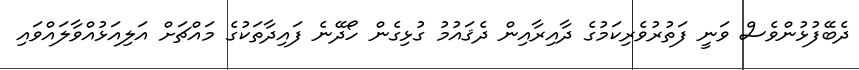
ދެބޭފުޅުންވެސް ވަނީ ފަތުރުވެރިކަމުގެ ދާއިރާއިން ދެޤައުމު ގުޅިގެން ހޯދޭނެ ފައިދާތަކުގެ މައްޗަށް އަލިއަޅުއްވާލައްވައި